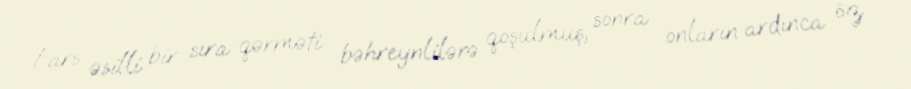
Fars əsilli bir sıra qərməti bəhreynlilərə qoşulmuş, sonra onların ardınca öz